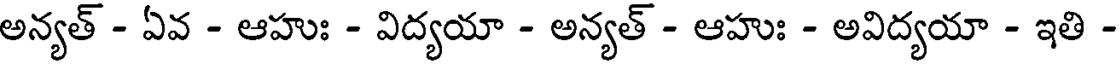
అన్యత్ - ఏవ - ఆహుః - విద్యయా - అన్యత్ - ఆహుః - అవిద్యయా - ఇతి -